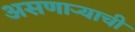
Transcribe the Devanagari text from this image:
असणाऱ्याची